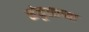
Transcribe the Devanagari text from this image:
संकूलाच्या